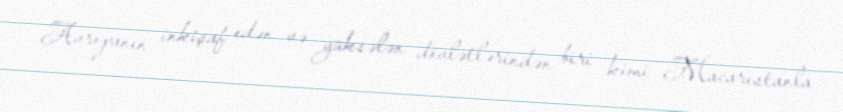
Avropanın inkişaf edən və yüksələn dövlətlərindən biri kimi Macarıstanla